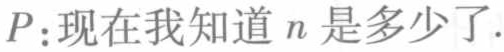
$P\colon 现在我知道n是多少了.$